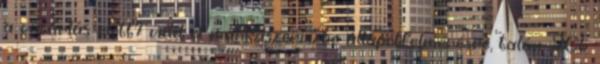
a vásárlás előtt? vidd el márkaszervizbe állapotfelmérésre, talán 20k